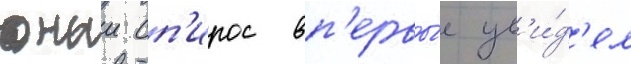
юныи сп'ирос вп'ервы́е ув'и́д'ел